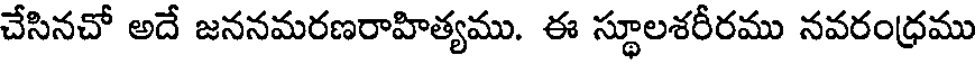
చేసినచో అదే జననమరణరాహిత్యము. ఈ స్థూలశరీరము నవరంధ్రము